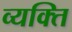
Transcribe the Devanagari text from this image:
व्‍यक्त्‍िा